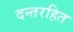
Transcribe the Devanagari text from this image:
दन्तरहित